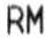
RM